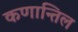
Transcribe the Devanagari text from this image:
कणान्तिल